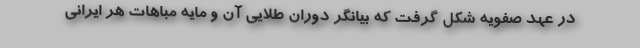
در عهد صفویه شکل گرفت که بیانگر دوران طلایی آن و مایه مباهات هر ایرانی